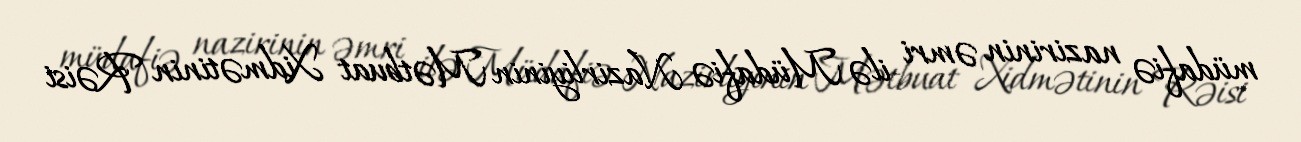
müdafiə nazirinin əmri ilə Müdafiə Nazirliyinin Mətbuat Xidmətinin Rəisi